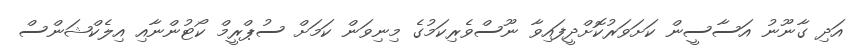
އަދި ގާނޫނު އަސާސީން ކަށަވަރުކޮށްދީފައިވާ ނޫސްވެރިކަމުގެ މިނިވަން ކަމަށް ސުޕްރީމް ކޯޓުންނާއި އިލެކްޝަންސް